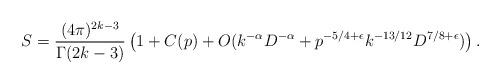
LaTeX: \begin{align*} S= \frac{(4\pi)^{2k-3}}{\Gamma(2k-3)}\left(1 + C(p) + O(k^{-\alpha}D^{-\alpha}+p^{-5/4+\epsilon} k^{-13/12} D^{7/8+\epsilon})\right).\end{align*}